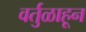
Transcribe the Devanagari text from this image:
वर्तुळाहून